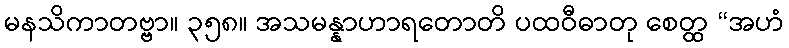
မနသိကာတဗ္ဗာ။ ၃၅၈။ အသမန္နာဟာရတောတိ ပထဝီဓာတု စေတ္ထ “အဟံ